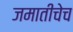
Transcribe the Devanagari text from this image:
जमातीचेच